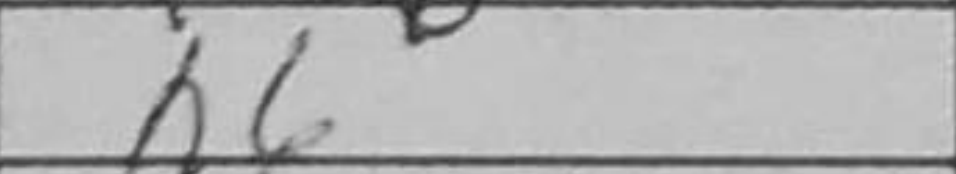
Transcription: h6